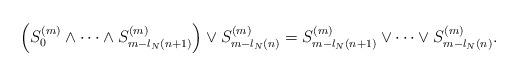
LaTeX: \begin{align*} \left(S^{(m)}_0\wedge\cdots\wedge S^{(m)}_{m-l_N(n+1)}\right)\vee S^{(m)}_{m-l_N(n)}=S^{(m)}_{m-l_N(n+1)}\vee\cdots\vee S^{(m)}_{m-l_N(n)}.\end{align*}